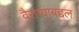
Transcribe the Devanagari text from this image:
वैराग्याबद्दल